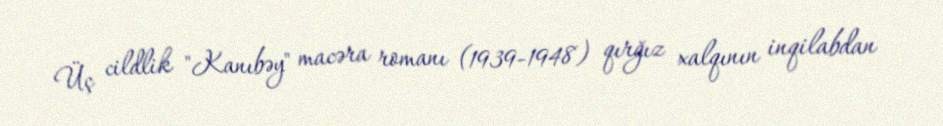
Üç cildlik "Kanıbəy" macəra romanı (1939-1948) qırğız xalqının inqilabdan